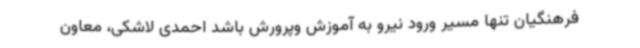
فرهنگیان تنها مسیر ورود نیرو به آموزش وپرورش باشد احمدی لاشکی، معاون